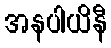
အနပါယိနီ